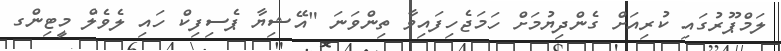
ލަމްޕޫރުގައި ކުރިއަށް ގެންދިޔުމަށް ހަމަޖެހިފައިވާ ތިންވަނަ "އޭޝިޔާ ޕެސިފިކް ހައި ލެވެލް މީޓިންގ